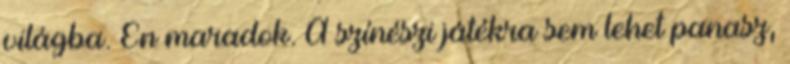
világba. Én maradok. A színészi játékra sem lehet panasz,